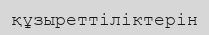
құзыреттіліктерін